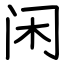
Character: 闲